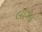
લોગો